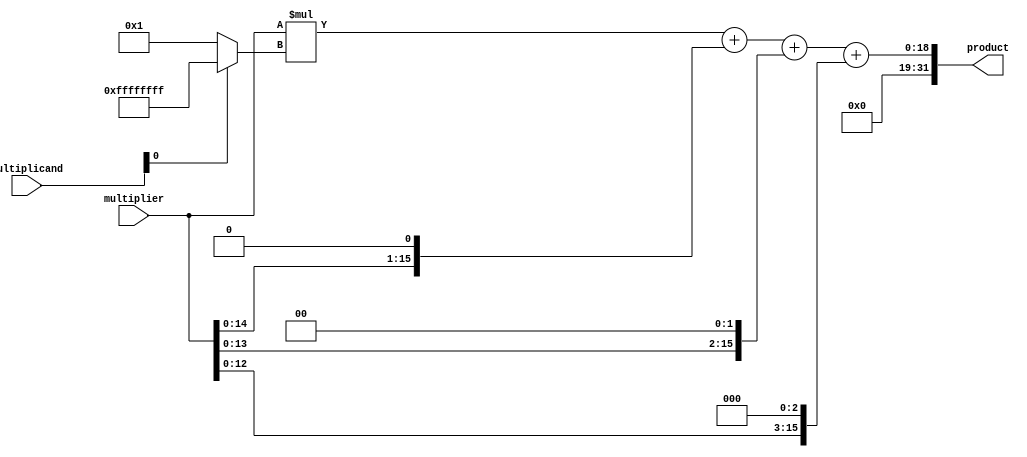
module booth_multiplier(
    input [15:0] multiplicand,
    input [15:0] multiplier,
    output reg [31:0] product
);

reg [15:0] partial_product [3:0]; // Four stages of partial product generation
reg [31:0] accumulator; // Accumulator for summing the partial products

always @(*) begin
    // Generate the partial products using Booth algorithm
    partial_product[0] = multiplier * (multiplicand[0] ? -1 : 1);
    partial_product[1] = {multiplicand[0], multiplier} << 1;
    partial_product[2] = {multiplicand[1], multiplier} << 2;
    partial_product[3] = {multiplicand[2], multiplier} << 3;
    
    // Accumulate the partial products to get the final product
    accumulator = partial_product[0] + partial_product[1] + partial_product[2] + partial_product[3];
    
    // Assign the final product to the output
    product = accumulator;
end

endmodule